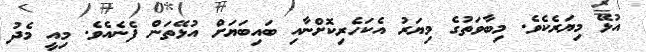
އުޅޭ މިޔަރެކެވެ. މިބާވަތުގެ މިޔަރު އެކަހެރިކޮށްނާއި ބައިބަޔަށް އުޅޭތަން ފެނެއެވެ. މިއީ މެދު